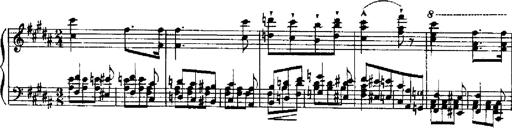
Title: RÃ©miniscences de Robert le diable
Composer: Franz Liszt